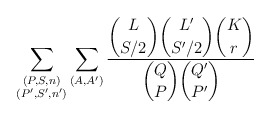
\begin{align*} \sum_{\substack{(P,S,n)\\(P',S',n')}} \sum_{(A,A')} \frac{{\displaystyle \binom{L}{S/2}\binom{L'}{S'/2}\binom{K}{r}}} {{\displaystyle\binom{Q}{P}\binom{Q'}{P'}}}\end{align*}